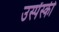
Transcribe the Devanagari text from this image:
उस्पेंस्की